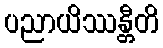
ပညာယိဿန္တီတိ